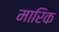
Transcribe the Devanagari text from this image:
मारिक